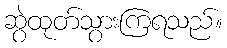
ဆွဲထုတ်သွားကြရသည်။